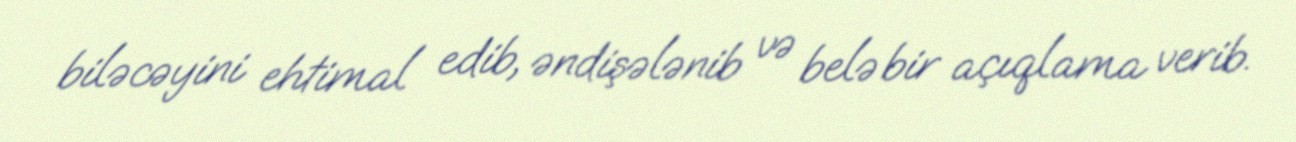
biləcəyini ehtimal edib, əndişələnib və belə bir açıqlama verib.